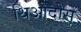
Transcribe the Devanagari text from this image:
थिओदोस